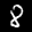
Label: 8